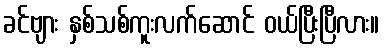
ခင်ဗျား နှစ်သစ်ကူးလက်ဆောင် ဝယ်ပြီးပြီလား။